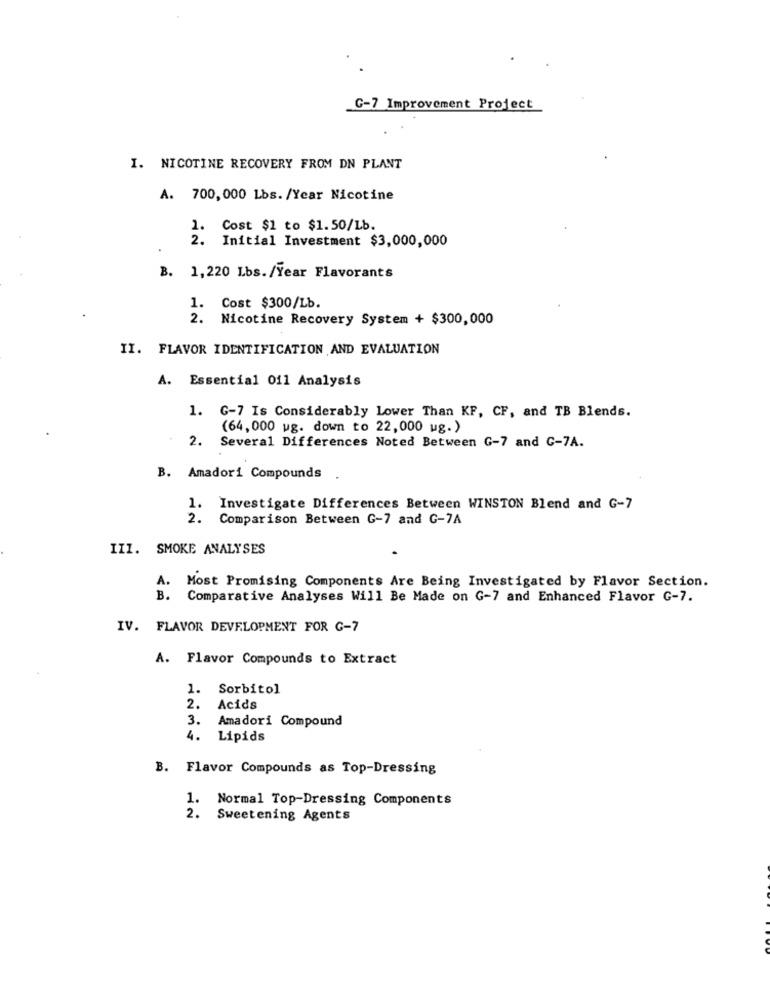
G-7 Improvement Project
I. NICOTINE RECOVERY FROM DN PLANT
A. 700,000 Lbs. /Year Nicotine
1. Cost $1 to $1.50/Lb.
2. Initial Investment $3,000,000
B. 1,220 Lbs./Year Flavorants
1. Cost $300/Lb.
2. Nicotine Recovery System + $300,000
II. FLAVOR IDENTIFICATION AND EVALUATION
A. Essential Oil Analysis
1. G-7 Is Considerably Lower Than KF, CF, and TB Blends.
(64,000 wg. down to 22,000 ug. )
2. Several Differences Noted Between G-7 and C-7A.
B. Amadori Compounds
1.
Investigate Differences Between WINSTON Blend and G-7
Comparison Between G-7 and G-7A
III. SMOKE ANALYSES
A. Most Promising Components Are Being Investigated by Flavor Section.
B. Comparative Analyses Will Be Made on G-7 and Enhanced Flavor G-7.
IV. FLAVOR DEVELOPMENT FOR G-7
A. Flavor Compounds to Extract
1.
Sorbitol
2.
Acids
3.
Amadori Compound
4. Lipids
B. Flavor Compounds as Top-Dressing
1. Normal Top-Dressing Components
2.
Sweetening Agents